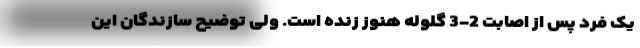
یک فرد پس از اصابت 2-3 گلوله هنوز زنده است. ولی توضیح سازندگان این